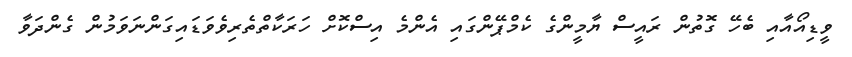
ވީޑިއޯއާއި ބެހޭ ގޮތުން ރައީސް ޔާމީންގެ ކެމްޕޭންގައި އެންމެ އިސްކޮށް ހަރަކާތްތެރިވެވަޑައިގަންނަވަމުން ގެންދަވާ